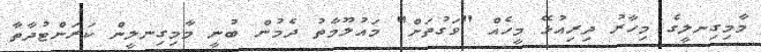
މާމިގިނލީގެ މިހާރު ދިރިއުޅޭ މީހެއް "ވަގުތަށް" މައުލޫމާތު ދެމުން ބުނީ މާމިގިނލީން ކަރަންޓުދާތާ